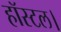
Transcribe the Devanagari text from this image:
हॉस्टल।